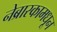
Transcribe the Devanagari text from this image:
नेब्रास्कामधून